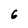
Character: 6